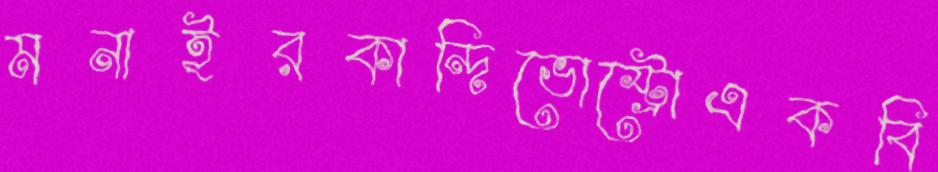
মনাইরকান্দিভোস্ট্রোএকবি